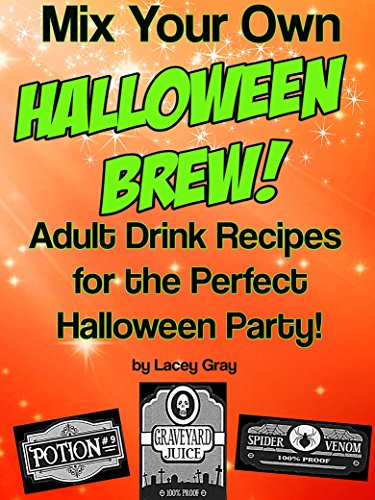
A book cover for Mix Your Own Halloween Brew!: Adult Drink Recipes for the Perfect Halloween Party!; Lacey Gray; Cookbooks, Food & Wine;